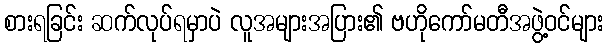
စားရခြင်း ဆက်လုပ်ရမှာပဲ လူအများအပြား၏ ဗဟိုကော်မတီအဖွဲ့ဝင်များ